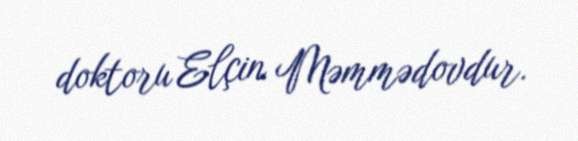
doktoru Elçin Məmmədovdur.